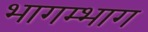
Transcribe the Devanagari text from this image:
भागम्भाग